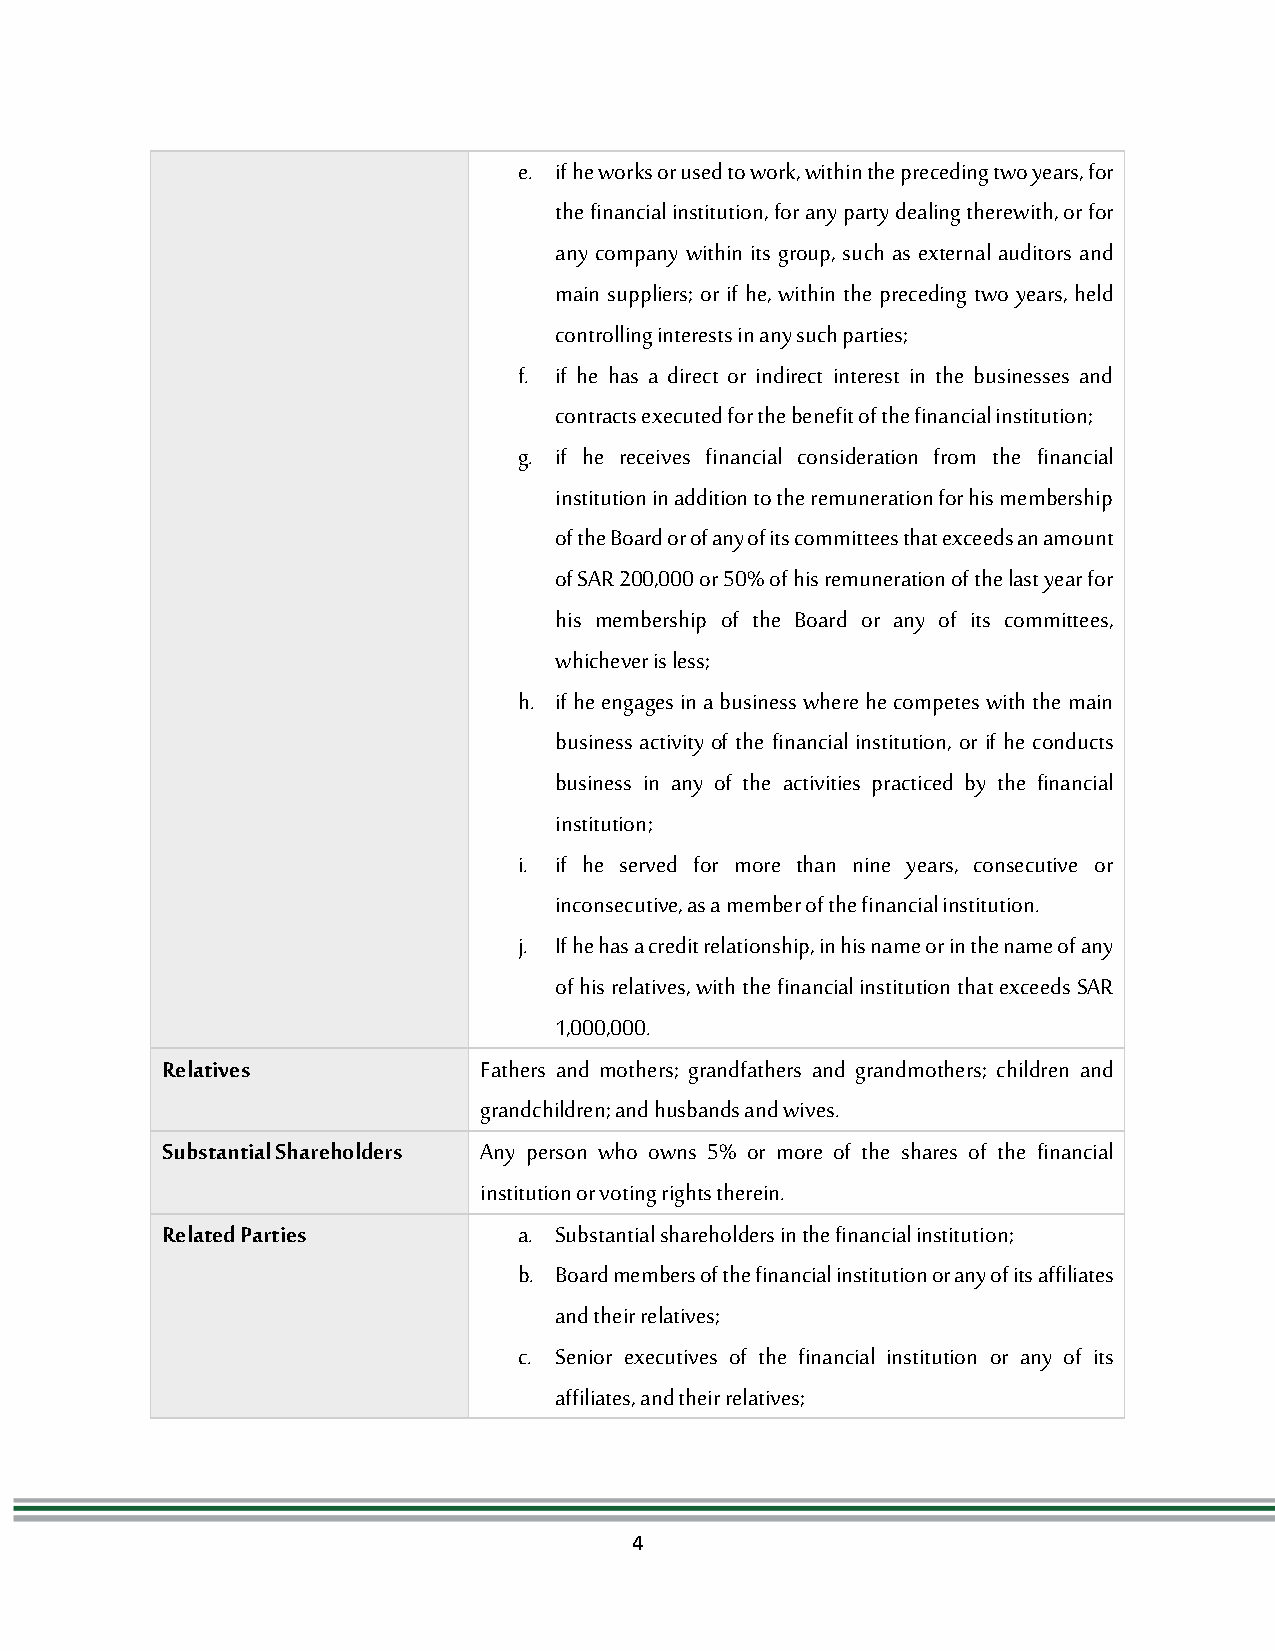
e. if he works or used to work, within the preceding two years, for
 the financial institution, for any party dealing therewith, or for
 any company within its group, such as external auditors and
 main suppliers; or if he, within the preceding two years, held
 controlling interests in any such parties;
 f. if he has a direct or indirect interest in the businesses and
 contracts executed for the benefit of the financial institution;
 g. if he receives financial consideration from the financial
 institution in addition to the remuneration for his membership
 of the Board or of any of its committees that exceeds an amount
 of SAR 200,000 or 50% of his remuneration of the last year for
 his membership of the Board or any of its committees,
 whichever is less;
 h. if he engages in a business where he competes with the main
 business activity of the financial institution, or if he conducts
 business in any of the activities practiced by the financial
 institution;
 i. if he served for more than nine years, consecutive or
 inconsecutive, as a member of the financial institution.
 j. If he has a credit relationship, in his name or in the name of any
 of his relatives, with the financial institution that exceeds SAR
 1,000,000.
 Relatives            Fathers and mothers; grandfathers and grandmothers; children and
 grandchildren; and husbands and wives.
 Substantial Shareholders Any person who owns 5% or more of the shares of the financial
 institution or voting rights therein.
 Related Parties        a. Substantial shareholders in the financial institution;
 b. Board members of the financial institution or any of its affiliates
 and their relatives;
 c. Senior executives of the financial institution or any of its
 affiliates, and their relatives;
 4